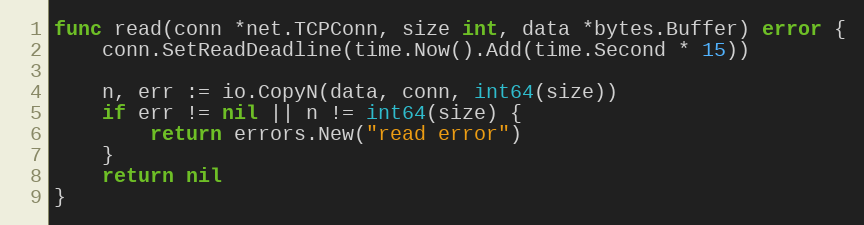
Language: Go
func read(conn *net.TCPConn, size int, data *bytes.Buffer) error {
	conn.SetReadDeadline(time.Now().Add(time.Second * 15))

	n, err := io.CopyN(data, conn, int64(size))
	if err != nil || n != int64(size) {
		return errors.New("read error")
	}
	return nil
}